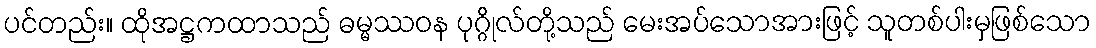
ပင်တည်း။ ထိုအဋ္ဌကထာသည် ဓမ္မဿဝန ပုဂ္ဂိုလ်တို့သည် မေးအပ်သောအားဖြင့် သူတစ်ပါးမှဖြစ်သော